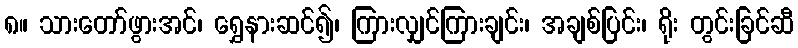
၈။ သားတော်ဖွားအင်၊ ရွှေနားဆင်၍၊ ကြားလျှင်ကြားချင်း၊ အချစ်ပြင်း၊ ရိုး တွင်းခြင်ဆီ